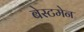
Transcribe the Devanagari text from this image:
बेस्टमेन